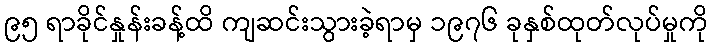
၉၅ ရာခိုင်နှုန်းခန့်ထိ ကျဆင်းသွားခဲ့ရာမှ ၁၉၇၆ ခုနှစ်ထုတ်လုပ်မှုကို